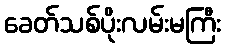
ခေတ်သစ်ပိုးလမ်းမကြီး